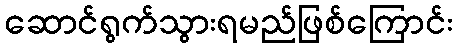
ဆောင်ရွက်သွားရမည်ဖြစ်ကြောင်း